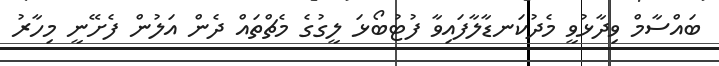
ބައްސާމް ވިދާޅުވީ މެދުކަނޑާލާފައިވާ ފުޓުބޯޅަ ލީގުގެ މެޗްތައް ދެން އަލުން ފެށޭނީ މިހާރު